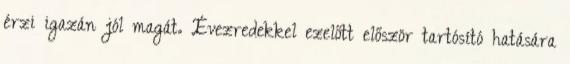
érzi igazán jól magát. Évezredekkel ezelőtt először tartósító hatására